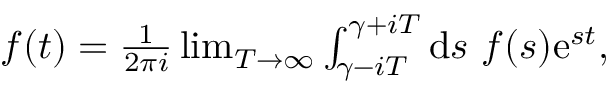
\begin{array} { r } { f ( t ) = \frac { 1 } { 2 \pi i } \operatorname* { l i m } _ { T \rightarrow \infty } \int _ { \gamma - i T } ^ { \gamma + i T } \mathrm { d } s \ f ( s ) \mathrm { e } ^ { s t } , } \end{array}